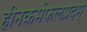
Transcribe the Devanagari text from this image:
हीनकर्मफलप्रदम्